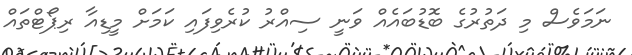
ނަމަވެސް މި ދަތުރުގެ ބޮޑުބައެއް ވަނީ ސިއްރު ކުރެވިފައި ކަމަށް މީޑިއާ ރިޕޯޓްތައް